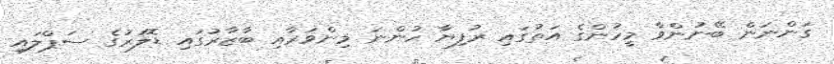
ގަންނަން ބޭނުންވާ މީހުންގެ އަތުގައި ރުފިޔާ ހުންނަ މިންވަރާއި ބާޒާރުގައި ޑޮލަރުގެ ސަޕްލައި